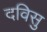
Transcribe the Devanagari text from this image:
दविसु